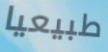
طبيعيا